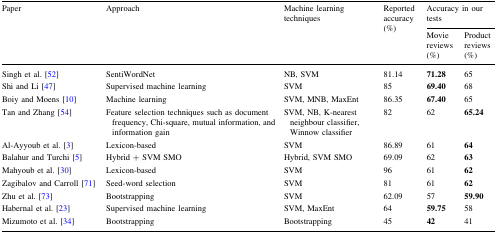
| <ROWSPAN=2> Paper | <ROWSPAN=2> Approach | <ROWSPAN=2> Machine learning techniques | <ROWSPAN=2> Reported accuracy (%) | <COLSPAN=2> Accuracy in our tests |
 | Movie reviews (%) | Product reviews (%) |
 | --- | --- | --- | --- | --- | --- |
 | Singh et al. [52] | SentiWordNet | NB, SVM | 81.14 | 71.28 | 65 |
 | Shi and Li [47] | Supervised machine learning | SVM | 85 | 69.40 | 68 |
 | Boiy and Moens [10] | Machine learning | SVM, MNB, MaxEnt | 86.35 | 67.40 | 65 |
 | Tan and Zhang [54] | Feature selection techniques such as document frequency, Chi-square, mutual information, and information gain | SVM, NB, K-nearest neighbour classifier, Winnow classifier | 82 | 62 | 65.24 |
 | Al-Ayyoub et al. [3] | Lexicon-based | SVM | 86.89 | 61 | 64 |
 | Balahur and Turchi [5] | Hybrid + SVM SMO | Hybrid, SVM SMO | 69.09 | 62 | 63 |
 | Mahyoub et al. [30] | Lexicon-based | SVM | 96 | 61 | 62 |
 | Zagibalov and Carroll [71] | Seed-word selection | SVM | 81 | 61 | 62 |
 | Zhu et al. [73] | Bootstrapping | SVM | 62.09 | 57 | 59.90 |
 | Habernal et al. [23] | Supervised machine learning | SVM, MaxEnt | 64 | 59.75 | 58 |
 | Mizumoto et al. [34] | Bootstrapping | Bootstrapping | 45 | 42 | 41 |